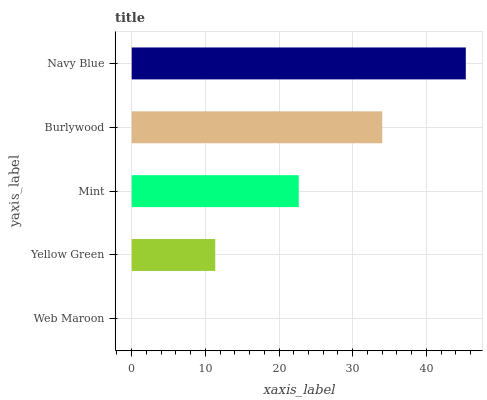
| yaxis_label | bars |
 | --- | --- |
 | Web Maroon | 0 |
 | Yellow Green | 11.3 |
 | Mint | 22.7 |
 | Burlywood | 34 |
 | Navy Blue | 45.4 |